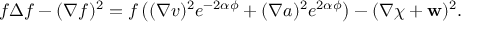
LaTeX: f \Delta f - ( \nabla f ) ^ { 2 } = f \left( ( \nabla v ) ^ { 2 } e ^ { - 2 \alpha \phi } + ( \nabla a ) ^ { 2 } e ^ { 2 \alpha \phi } \right) - ( \nabla \chi + { \bf w } ) ^ { 2 } .